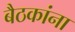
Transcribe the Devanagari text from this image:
बैठकांना